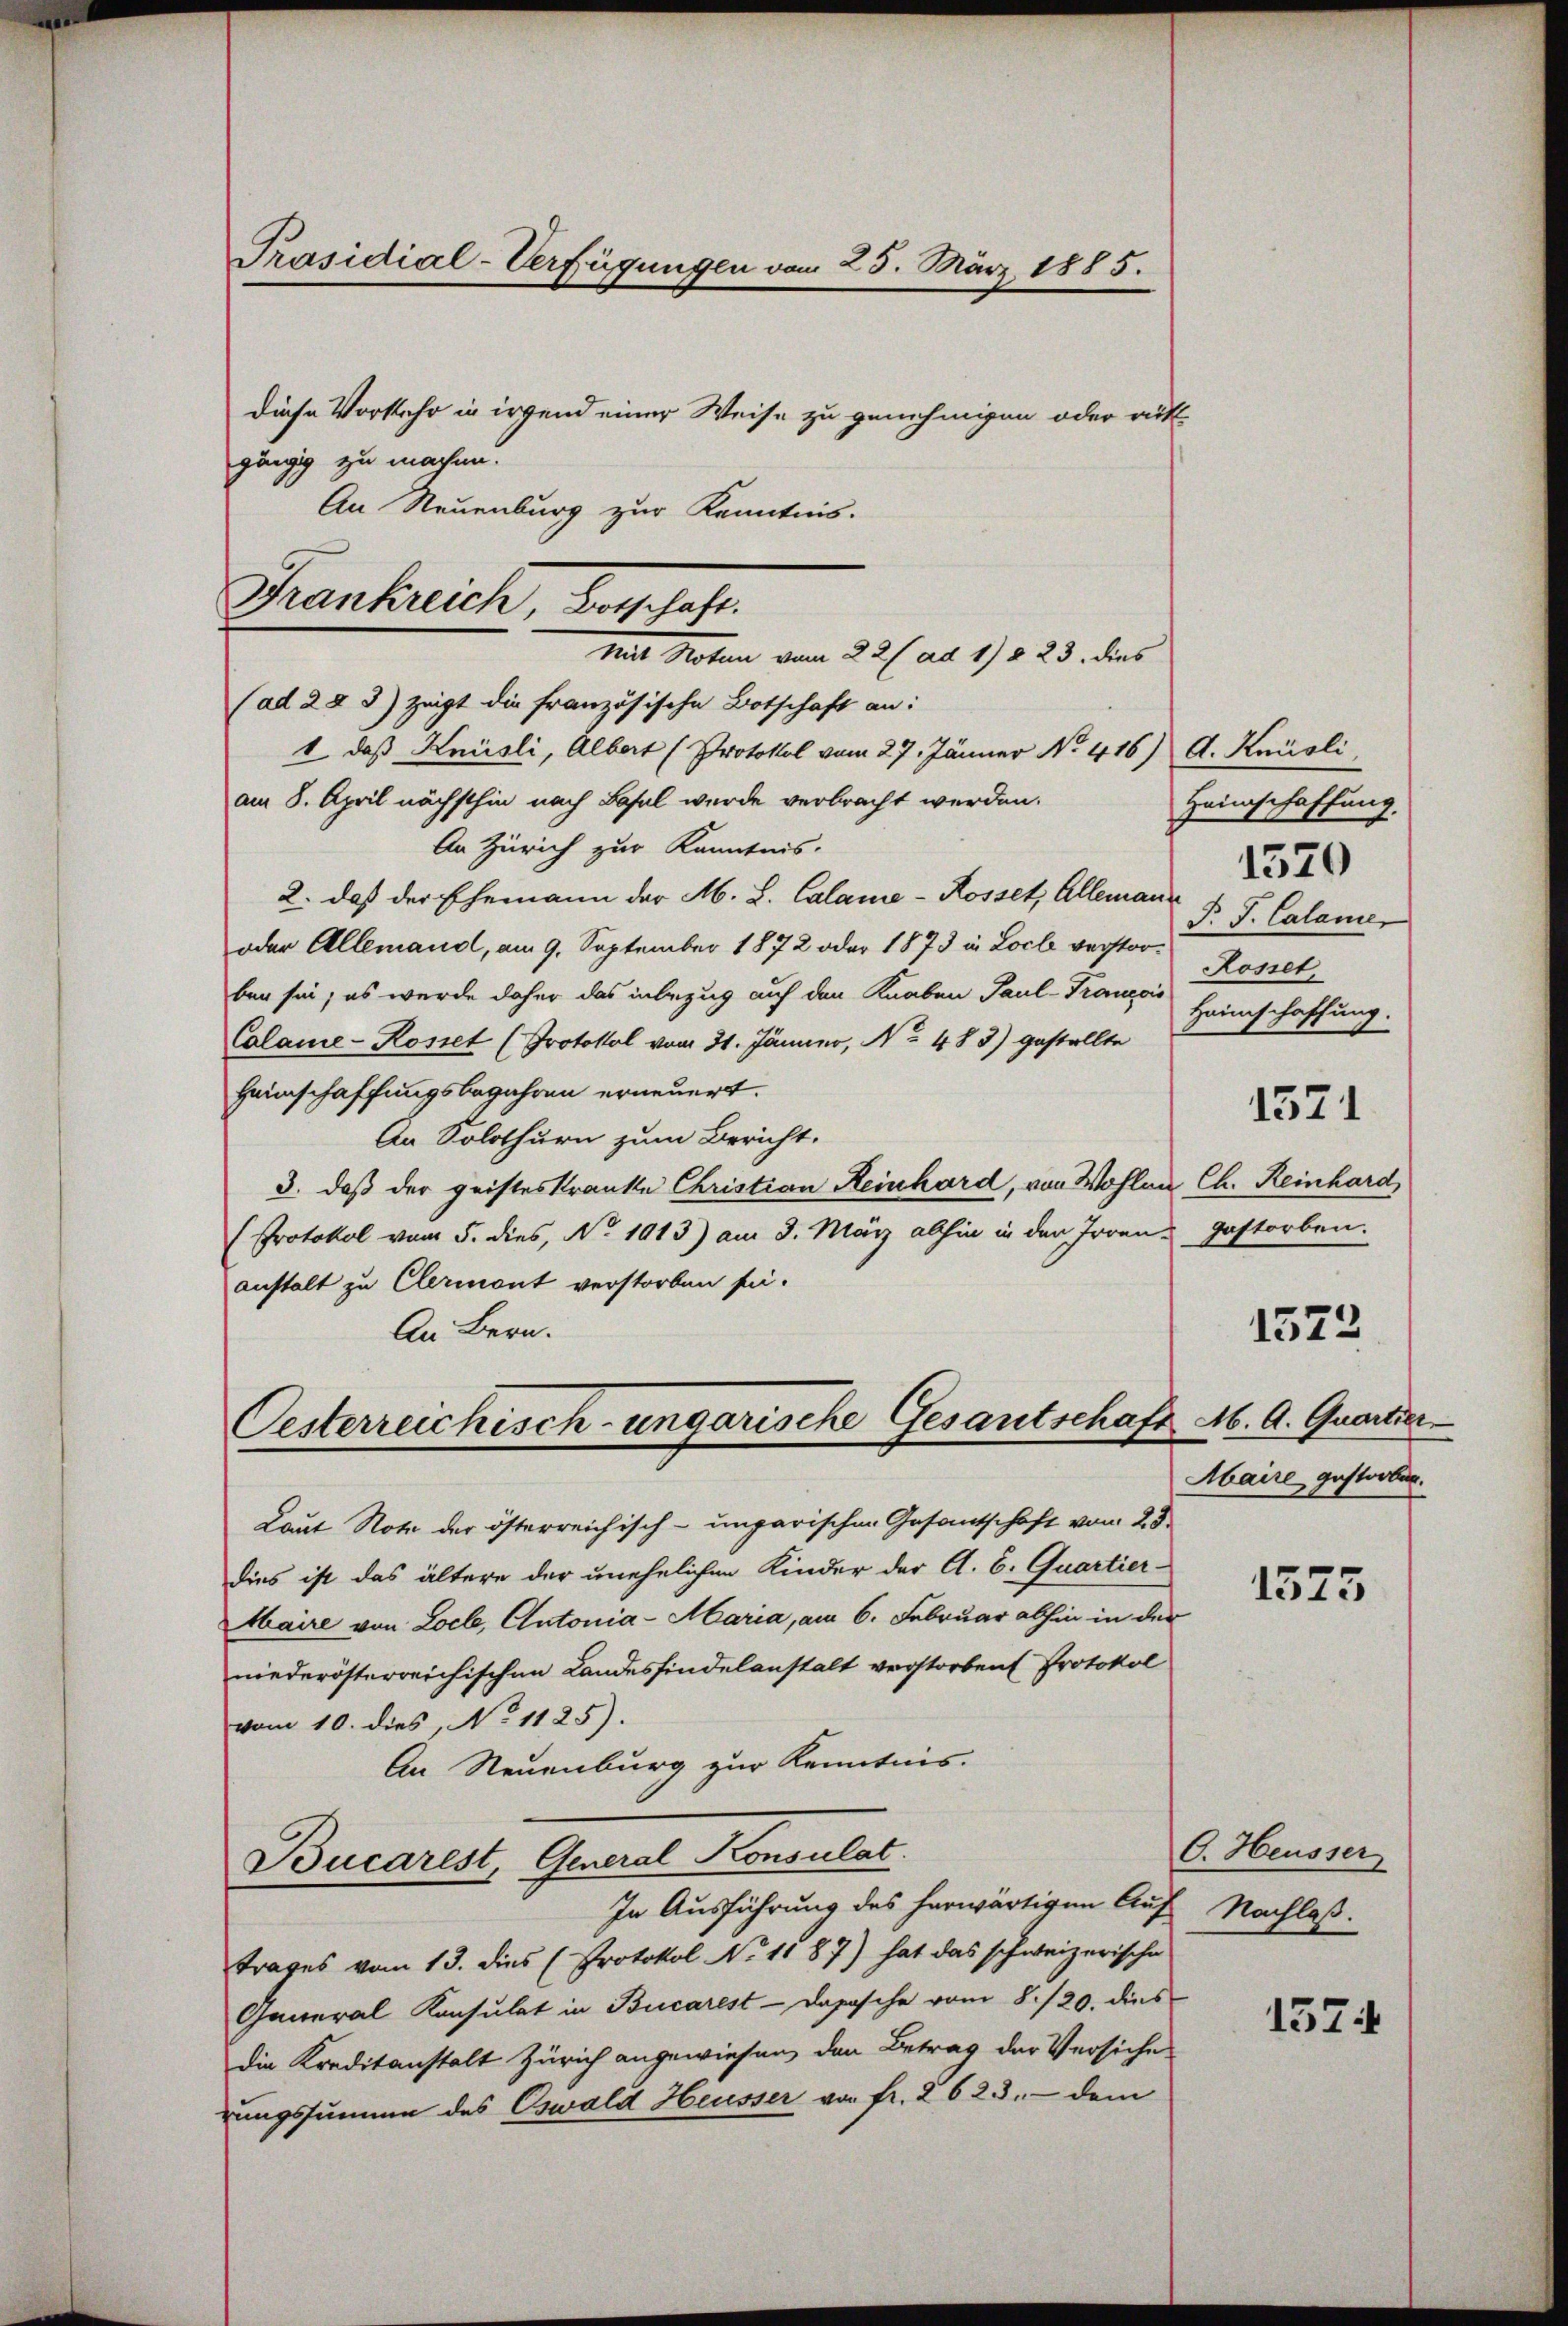
Präsidial-Verfügungen vom 25. März 1885.

Frankreich, Beschaft.
Mit Noten vom 22 (ad 1) § 23. dies

Diese Vorkehr in irgend einer Weise zu genehmigen oder rit-
gängig zu machen.
An Neuenburg zur Kenntnis.
(ad 28 3) zeigt die französische Botschaft an:
1 daß Knüsli, Albert (Protokol vom 27. Jänner No. 416)
am 8. April nächsthin nach Basel wurde verbracht werden.
An Zürich zur Kenntnis.
2. daß der Ehemann der M. L. Calame-Rosset, Allemann
oder Allemand, am 9. September 1872 oder 1873 in Loch verstorben sie, es werde daher das inbezug auf den Knaben Paul-Trancois
Calame-Kostet (Protokol vom 31. Jänner, No 483) gestellte
Heimschaffungsbegehren erneuert.
An Solothurn zum Bericht.
3. daß der geisteskranke Christian Reinhard, von Wohlen Ch. Reinhard,
Protokol vom 5. dies, No. 1013) am 8. März abhin in den Irren Gastorben.
anstalt zu Clermont verstorben sei.
An Bern.
Oesterreichisch-ungarische Gesantschaft M. A. Quartier

A. Knüsli
Heimschaffung.
P. J. Calame
Rossel,
Heimschaffung.
1571

Laut Note der österreichisch-ungarischen Gesantschaft vom 28.
dies ist das ältere der unehelichen Kinder der A. B. Quartier-
Maire von Loch, Autonia-Maria, am 6. Februar abhin in der
niederösterreichischen Landesfindelanstalt verstorben Protokol
vom 10. dies, No 1125).
An Neuenburg zur Kenntnis.
Bucarest, General Konsulat
In Ausführung des herwärtigen Auf Nachlaß.
trages vom 13. dies (Protokol No 1187) hat das schweizerische
General Konsulat in Bucarest-Dapasche vom 8./20. dies
die Kreditanstalt Zürich angewiesen, den Betrag der Versiche
rungssumme des Oswald Heusser von fr. 2623, dem

1570

1523

Maire gestorben.

1575

C. Heusser

1574